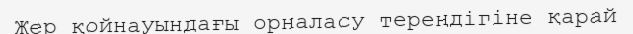
Жер қойнауындағы орналасу тереңдігіне қарай